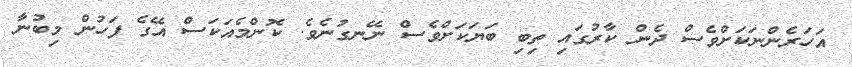
އަހަރެންނަކަށްވެސް ދެން ކާރުގައި ތިބި ބަޔަކަށްވެސް ނޭނގުނެވެ. ކޮންމެއަކަސް އޭގެ ފަހުން މިބުނާ